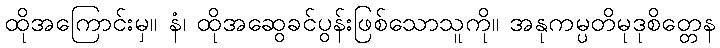
ထိုအကြောင်းမှ။ နံ၊ ထိုအဆွေခင်ပွန်းဖြစ်သောသူကို။ အနုကမ္ပတိမုဒုစိတ္တေန